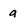
Character: g